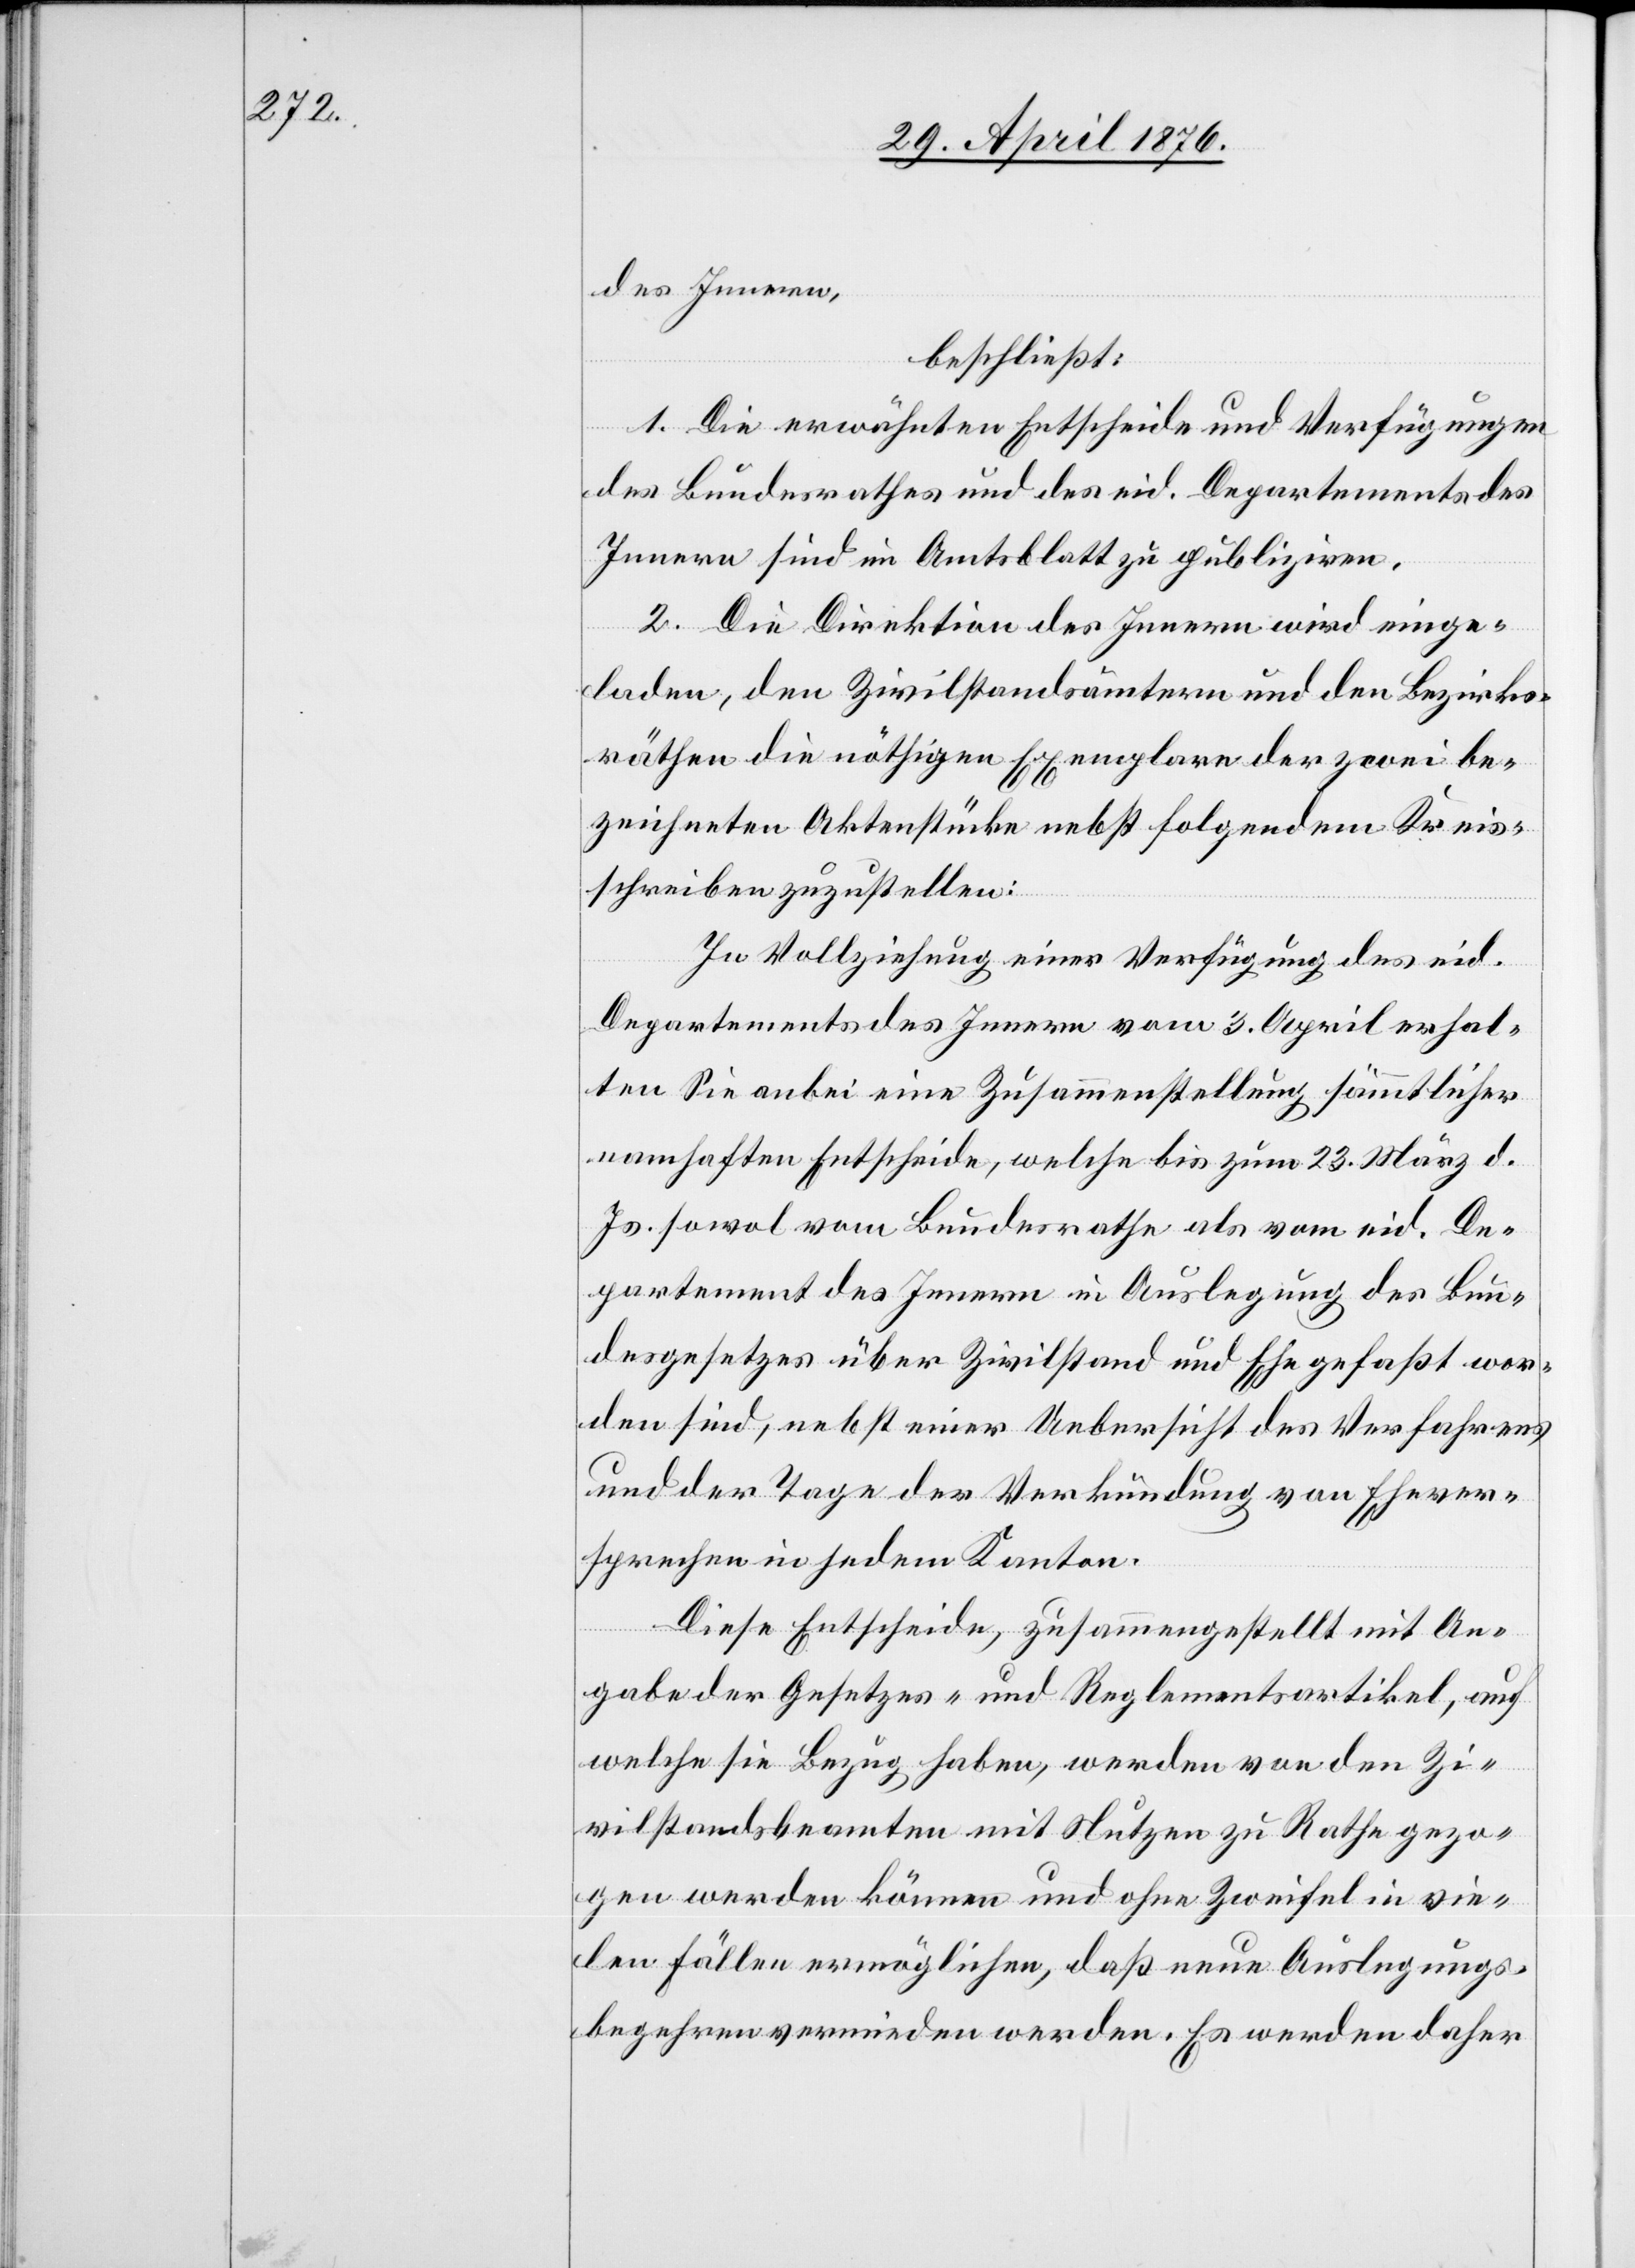
des Innern,
beschließt:
1. Die erwähnten Entscheide und Verfügungen
des Bundesrathes und des eid. Departements des
Innern sind im Amtsblatt zu publiziren.
2. Die Direktion des Innern wird einge¬
laden, den Zivilstandsämtern und den Bezirks¬
räthen die nöthigen Exemplare der zwei be¬
zeichneten Aktenstücke nebst folgendem Kreis¬
schreiben zuzustellen:
In Vollziehung einer Verfügung des eid.
Departements des Innern vom 3. April erhal¬
ten Sie anbei eine Zusammenstellung sämmtlicher
namhaften Entscheide, welche bis zum 23. März d.
Js. sowol vom Bundesrathe als vom eid. De¬
partement des Innern in Auslegung des Bun¬
desgesetzes über Zivilstand und Ehe gefaßt wor¬
den sind, nebst einer Uebersicht des Verfahrens
und der Tage der Verkündung von Ehever¬
sprechen in jedem Kanton.
Diese Entscheide, zusammengestellt mit An¬
gabe der Gesetzes- und Reglementsartikel, auf
welche sie Bezug haben, werden von den Zi¬
vilstandsbeamten mit Nutzen zu Rathe gezo¬
gen werden können und ohne Zweifel in vie¬
len Fällen ermöglichen, daß neue Auslegungs¬
begehren vermieden werden. Es werden daher